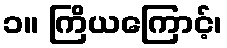
၁။ ကြိယကြောင့်၊